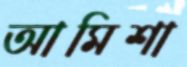
আমিশা